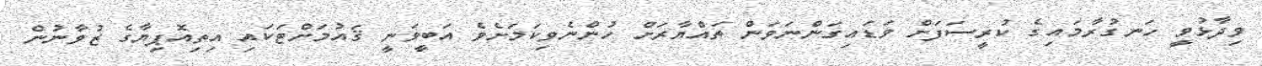
ވިދާޅުވީ ހަނގުރާމައިގެ ކުރީސަފަށް ވަޑައިގަންނަވަން ތައްޔާރަށް ހުންނެވިކަމަށެވެ އަބީވަނީ ޤައުމަށްޓަކައި އިތިއޮޕިޔާގެ ޒުވާނުން